Report of the Indian Hemp Drugs Commission, 1894-1895 - Volume I
Year: 1894
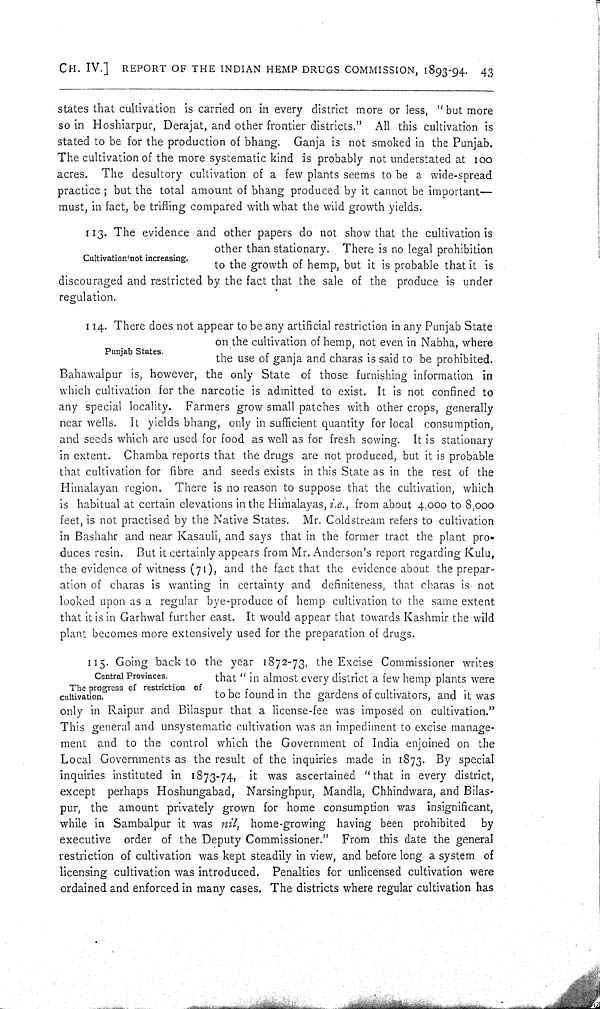
CH. IV.] REPORT OF THE INDIAN HEMP DRUGS COMMISSION, 1893-94. 43
states that cultivation is carried on in every district more or less, "but more
so in Hoshiarpur, Derajat, and other frontier districts." All this cultivation is
stated to be for the production of bhang. Ganja is not smoked in the Punjab.
The cultivation of the more systematic kind is probably not understated at 100
acres. The desultory cultivation of a few plants seems to be a wide-spread
practice; but the total amount of bhang produced by it cannot be important—
must, in fact, be trifling compared with what the wild growth yields.
Cultivation not increasing.
113. The evidence and other papers do not show that the cultivation is
other than stationary. There is no legal prohibition
to the growth of hemp, but it is probable that it is
discouraged and restricted by the fact that the sale of the produce is under
regulation.
Punjab States.
114. There does not appear to be any artificial restriction in any Punjab State
on the cultivation of hemp, not even in Nabha, where
the use of ganja and charas is said to be prohibited.
Bahawalpur is, however, the only State of those furnishing information in
which cultivation for the narcotic is admitted to exist. It is not confined to
any special locality. Farmers grow small patches with other crops, generally
near wells. It yields bhang, only in sufficient quantity for local consumption,
and seeds which are used for food as well as for fresh sowing. It is stationary
in extent. Chamba reports that the drugs are not produced, but it is probable
that cultivation for fibre and seeds exists in this State as in the rest of the
Himalayan region. There is no reason to suppose that the cultivation, which
is habitual at certain elevations in the Himalayas, i.e., from about 4,000 to 8,000
feet, is not practised by the Native States. Mr. Coldstream refers to cultivation
in Bashahr and near Kasauli, and says that in the former tract the plant pro-
duces resin. But it certainly appears from Mr. Anderson's report regarding Kulu,
the evidence of witness (71), and the fact that the evidence about the prepar-
ation of charas is wanting in certainty and definiteness, that charas is not
looked upon as a regular bye-produce of hemp cultivation to the same extent
that it is in Garhwal further east. It would appear that towards Kashmir the wild
plant becomes more extensively used for the preparation of drugs.
Central Provinces.
The progress of restriction of
cultivation.
115. Going back to the year 1872-73, the Excise Commissioner writes
that "in almost every district a few hemp plants were
to be found in the gardens of cultivators, and it was
only in Raipur and Bilaspur that a license-fee was imposed on cultivation."
This general and unsystematic cultivation was an impediment to excise manage-
ment and to the control which the Government of India enjoined on the
Local Governments as the result of the inquiries made in 1873. By special
inquiries instituted in 1873-74, it was ascertained "that in every district,
except perhaps Hoshungabad, Narsinghpur, Mandla, Chhindwara, and Bilas-
pur, the amount privately grown for home consumption was insignificant,
while in Sambalpur it was nil, home-growing having been prohibited
by
executive order of the Deputy Commissioner." From this date the general
restriction of cultivation was kept steadily in view, and before long a system of
licensing cultivation was introduced. Penalties for unlicensed cultivation were
ordained and enforced in many cases. The districts where regular cultivation has